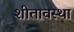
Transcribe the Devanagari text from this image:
शीतावस्था